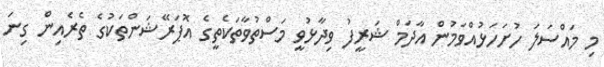
މި މައްސަލަ ހުށަހަޅުއްވަމުން އާދަމް ޝަރީފު ވިދާޅުވީ މަސްތުވާތަކެތީގެ އޮޕަރޭޝަންތަކުގެ ތެރެއިން ގިނަ